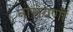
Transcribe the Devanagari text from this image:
नारायणीं